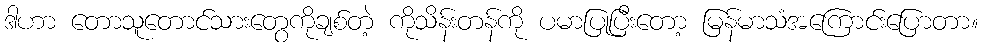
ဒါဟာ တောသူတောင်သားတွေကိုချစ်တဲ့ ကိုသိန်းတန်ကို ပမာပြုပြီးတော့ မြန်မာသံအကြောင်းပြောတာ။